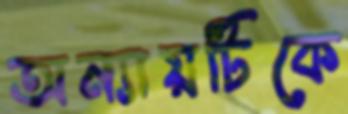
অন্যায়টিকে